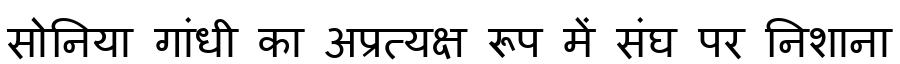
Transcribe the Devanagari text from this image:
सोनिया गांधी का अप्रत्यक्ष रूप में संघ पर निशाना